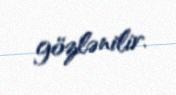
gözlənilir.